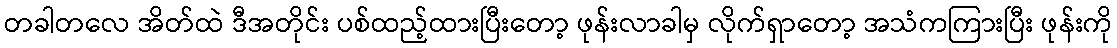
တခါတလေ အိတ်ထဲ ဒီအတိုင်း ပစ်ထည့်ထားပြီးတော့ ဖုန်းလာခါမှ လိုက်ရှာတော့ အသံကကြားပြီး ဖုန်းကို